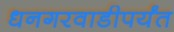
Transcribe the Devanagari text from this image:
धनगरवाडीपर्यंत